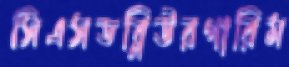
সিএসডব্লিউরগারিম